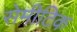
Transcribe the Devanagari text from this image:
सेमीटिक